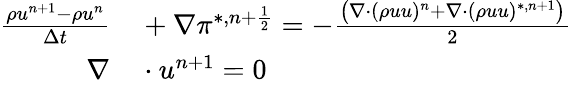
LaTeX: \begin{array}{rl}{\frac{\rho u^{n+1}-\rho u^{n}}{\Delta t}}&{{}+\nabla\pi^{*,n+\frac{1}{2}}=-\frac{\left(\nabla\cdot(\rho uu)^{n}+\nabla\cdot(\rho uu)^{*,n+1}\right)}{2}}\\ {\nabla}&{{}\cdot u^{n+1}=0}\end{array}